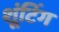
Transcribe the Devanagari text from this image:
शूंटिंग